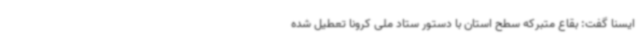
ایسنا گفت: بقاع متبرکه سطح استان با دستور ستاد ملی کرونا تعطیل شده